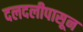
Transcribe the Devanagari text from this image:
दलदलीपासून